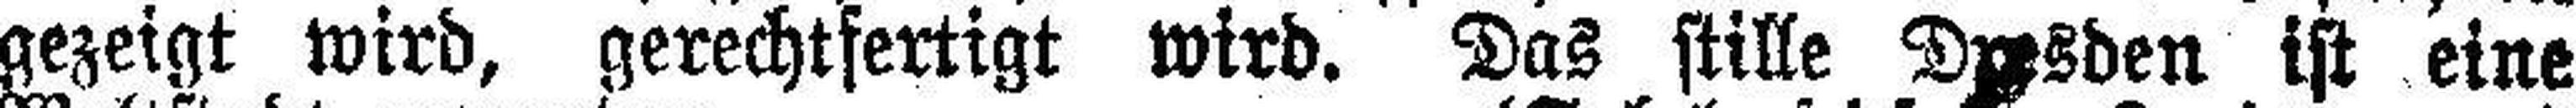
gezeigt wird, gerechtfertigt wird. Das stille Dresden ist eine